Civil Veterinary Dept. North-West Frontier Province 1901-22 - 1901-1922
Year: 1901
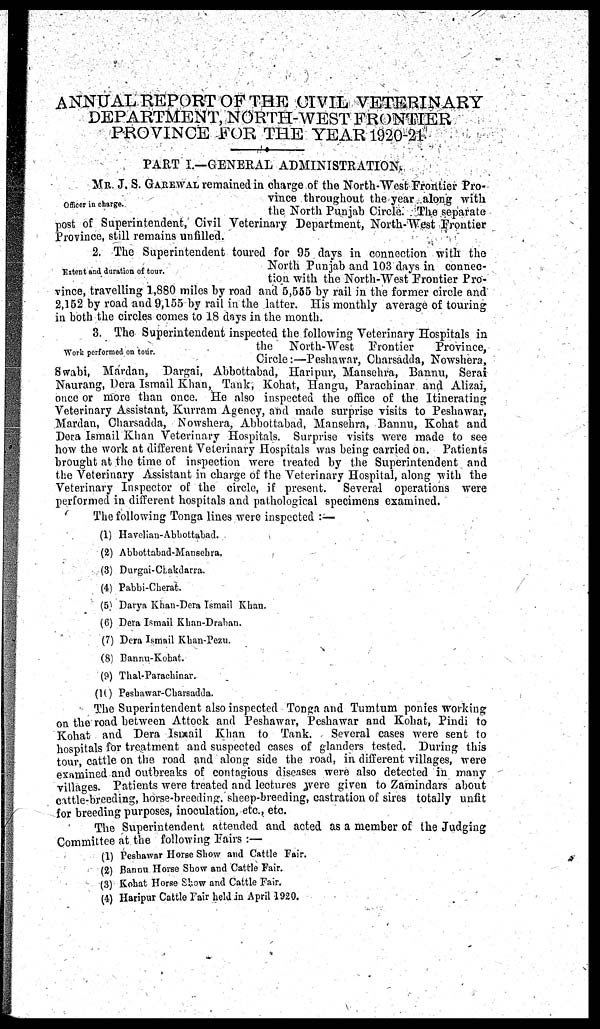
ANNUAL REPORT OF THE CIVIL VETERINARY
DEPARTMENT, NORTH-WEST FRONTIER
PROVINCE FOR THE YEAR 1920-21.
PART I.—GENERAL ADMINISTRATION.
Officer in charge.
MR. J, S. GAREWAL remained in charge of the North-West Frontier Pro-
vince throughout the year along with
the North Punjab Circle. The separate
post of Superintendent, Civil Veterinary Department, North-West Frontier
Province, still remains unfilled.
Extent and duration of tour.
2. The Superintendent toured for 95 days in connection with the
North Punjab and 103 days in connec-
tion with the North-West Frontier Pro-
vince, travelling 1,880 miles by road and 5,555 by rail in the former circle and
2,152 by road and 9,155 by rail in the latter. His monthly average of touring
in both the circles comes to 18 days in the month.
Work performed on tour.
3. The Superintendent inspected the following Veterinary Hospitals in
the North-West Frontier
Province,
Circle:—Peshawar, Charsadda, Nowshera,
Swabi, Mardan, Dargai, Abbottabad, Haripur, Mansehra, Bannu, Serai
Naurang, Dera Ismail Khan, Tank, Kohat, Hangu, Parachinar and Alizai,
once or more than once. He also inspected the office of the Itinerating
Veterinary Assistant, Kurram Agency, and made surprise visits to Peshawar,
Mardan, Charsadda, Nowshera, Abbottabad, Mansehra, Bannu, Kohat and
Dera Ismail Khan Veterinary Hospitals. Surprise visits were made to see
how the work at different Veterinary Hospitals was being carried on. Patients
brought at the time of inspection were treated by the Superintendent and
the Veterinary Assistant in charge of the Veterinary Hospital, along with the
Veterinary Inspector of the circle, if present. Several operations were
performed in different hospitals and pathological specimens examined.
The following Tonga lines were inspected:—
(1) Havelian-Abbottabad.
(2) Abbottabad-Mansehra.
(3) Durgai-Chakdarra.
(4) Pabbi-Cherat.
(5) Darya Khan-Dera Ismail Khan.
(6) Dera Ismail Khan-Draban.
(7) Dera Ismail Khan-Pezu.
(8) Bannu-Kohat.
(9) Thal-Parachinar.
(10) Peshawar-Charsadda.
The Superintendent also inspected Tonga and Tumtum ponies working
on the road between Attock and Peshawar, Peshawar and Kohat, Pindi to
Kohat and Dera Ismail Khan to Tank.
Several cases were sent to
hospitals for treatment and suspected cases of glanders tested. During this
tour, cattle on the road and along side the road, in different villages, were
examined and outbreaks of contagious diseases were also detected in many
villages. Patients were treated and lectures were given to Zamindars about
cattle-breeding, horse-breeding, sheep-breeding, castration of sires totally unfit
for breeding purposes, inoculation, etc., etc.
The Superintendent attended and acted as a member of the Judging
Committee at the following Fairs:—
(1) Peshawar Horse Show and Cattle Fair.
(2) Bannu Horse Show and Cattle Fair.
(3) Kohat Horse Show and Cattle Fair.
(4) Haripur Cattle Fair held in April 1920.